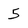
Character: 5